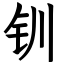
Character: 钏